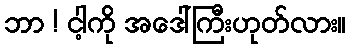
ဘာ ! ငါ့ကို အဒေါ်ကြီးဟုတ်လား။